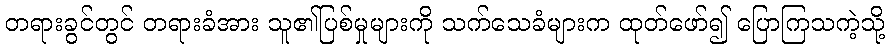
တရားခွင်တွင် တရားခံအား သူ၏ပြစ်မှုများကို သက်သေခံများက ထုတ်ဖော်၍ ပြောကြသကဲ့သို့